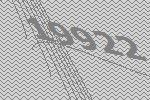
19922